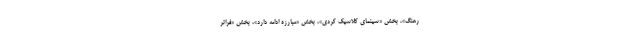
رهنگ»، بخش «سینمای کلاسیک کُردی»، بخش «مبارزه ادامه دارد»، بخش «فراتر